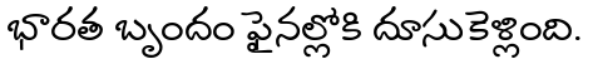
భారత బృందం ఫైనల్లోకి దూసుకెళ్లింది.